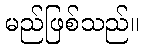
မည်ဖြစ်သည်။